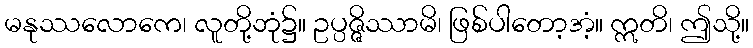
မနုဿလောကေ၊ လူတို့ဘုံ၌။ ဥပ္ပဇ္ဇိဿာမိ၊ ဖြစ်ပါတော့အံ့။ ဣတိ၊ ဤသို့။